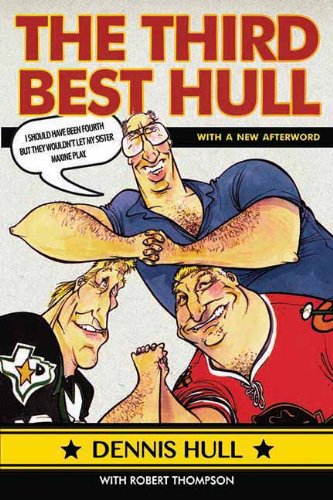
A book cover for Third Best Hull; Dennis Hull; Biographies & Memoirs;